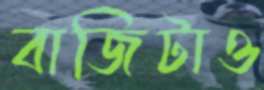
বাজিটাও